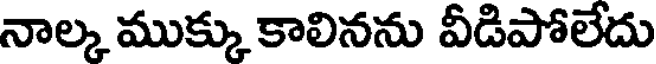
నాల్క ముక్కు కాలినను వీడిపోలేదు